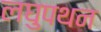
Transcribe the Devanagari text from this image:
लघुपथन